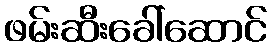
ဖမ်းဆီးခေါ်ဆောင်